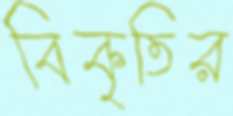
বিকৃতির